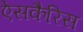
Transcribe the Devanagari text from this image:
ऐसकैरिस